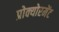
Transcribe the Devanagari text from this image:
प्रोक्योरमेंट